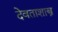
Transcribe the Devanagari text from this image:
देवताशास्त्र